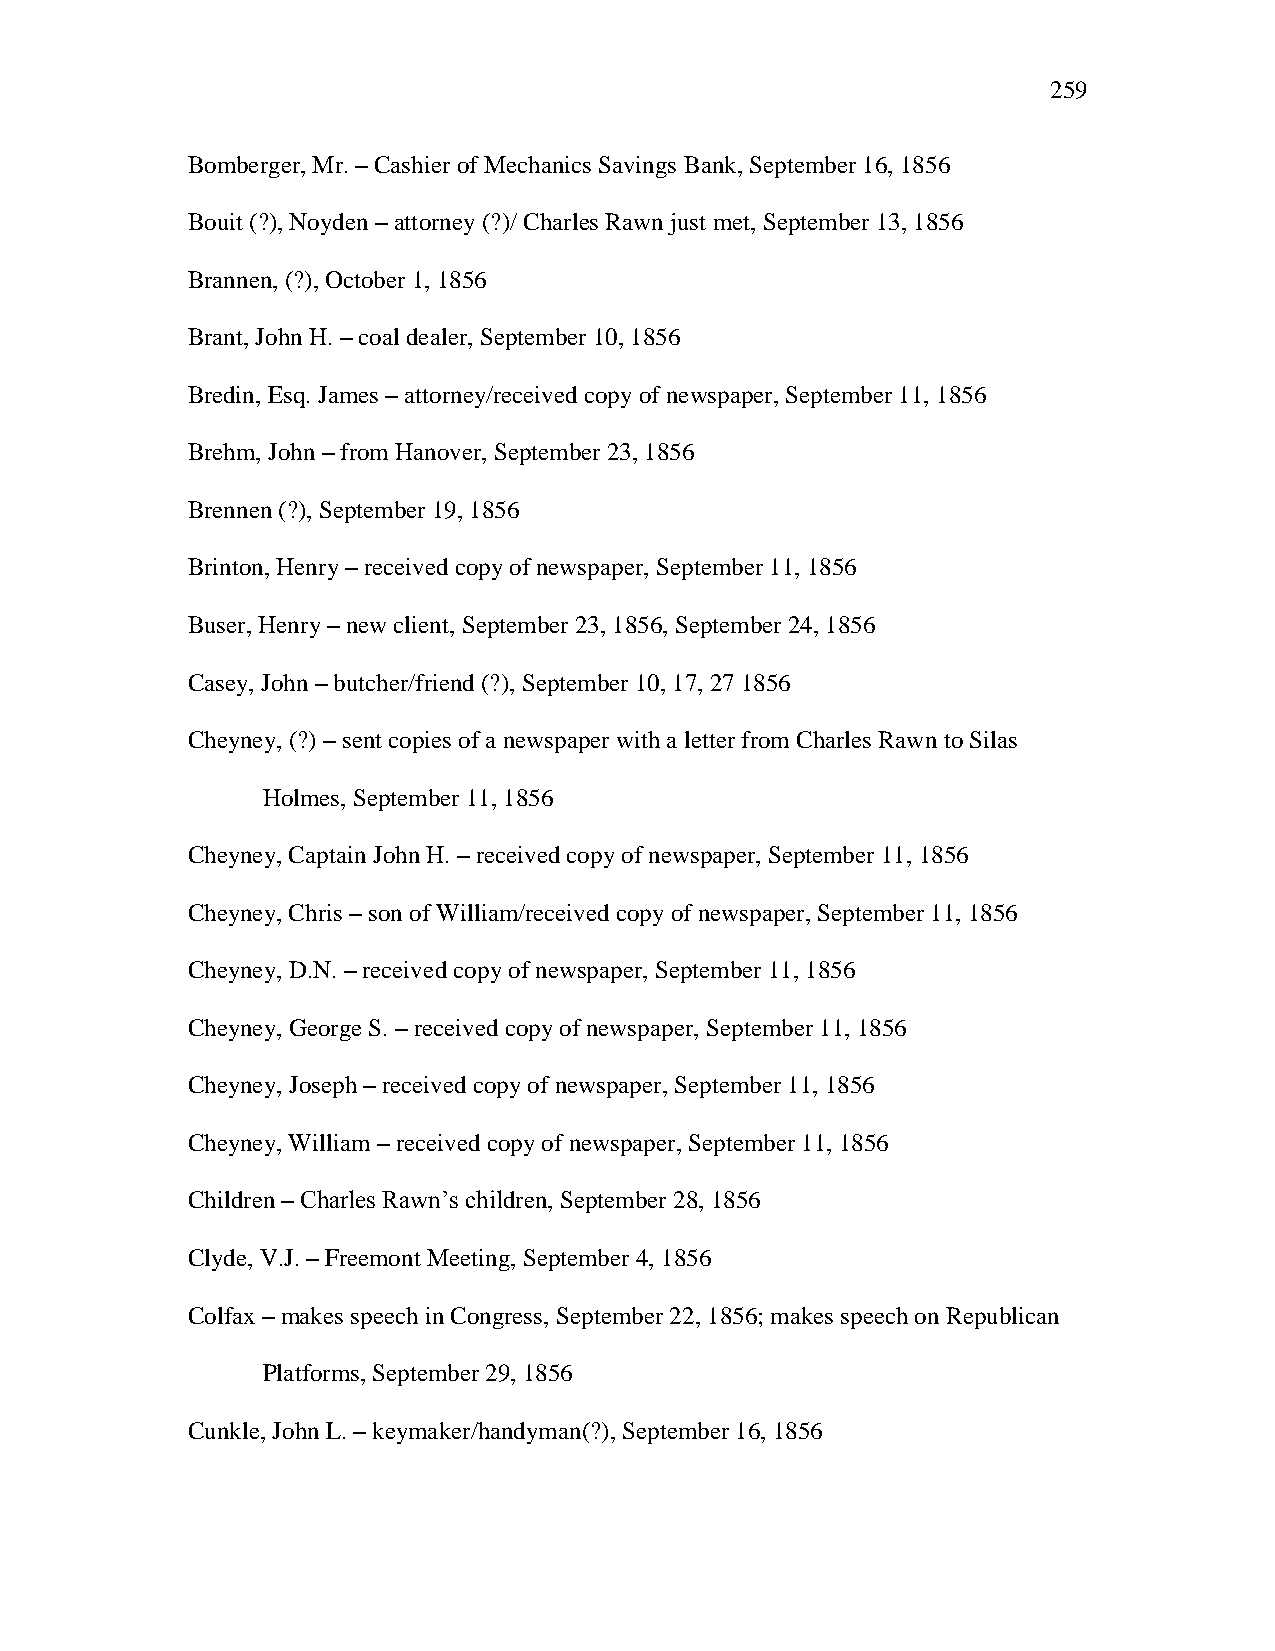
259
 Bomberger, Mr. – Cashier of Mechanics Savings Bank, September 16, 1856
 Bouit (?), Noyden – attorney (?)/ Charles Rawn just met, September 13, 1856
 Brannen, (?), October 1, 1856
 Brant, John H. – coal dealer, September 10, 1856
 Bredin, Esq. James – attorney/received copy of newspaper, September 11, 1856
 Brehm, John – from Hanover, September 23, 1856
 Brennen (?), September 19, 1856
 Brinton, Henry – received copy of newspaper, September 11, 1856
 Buser, Henry – new client, September 23, 1856, September 24, 1856
 Casey, John – butcher/friend (?), September 10, 17, 27 1856
 Cheyney, (?) – sent copies of a newspaper with a letter from Charles Rawn to Silas
 Holmes, September 11, 1856
 Cheyney, Captain John H. – received copy of newspaper, September 11, 1856
 Cheyney, Chris – son of William/received copy of newspaper, September 11, 1856
 Cheyney, D.N. – received copy of newspaper, September 11, 1856
 Cheyney, George S. – received copy of newspaper, September 11, 1856
 Cheyney, Joseph – received copy of newspaper, September 11, 1856
 Cheyney, William – received copy of newspaper, September 11, 1856
 Children – Charles Rawn‘s children, September 28, 1856
 Clyde, V.J. – Freemont Meeting, September 4, 1856
 Colfax – makes speech in Congress, September 22, 1856; makes speech on Republican
 Platforms, September 29, 1856
 Cunkle, John L. – keymaker/handyman(?), September 16, 1856